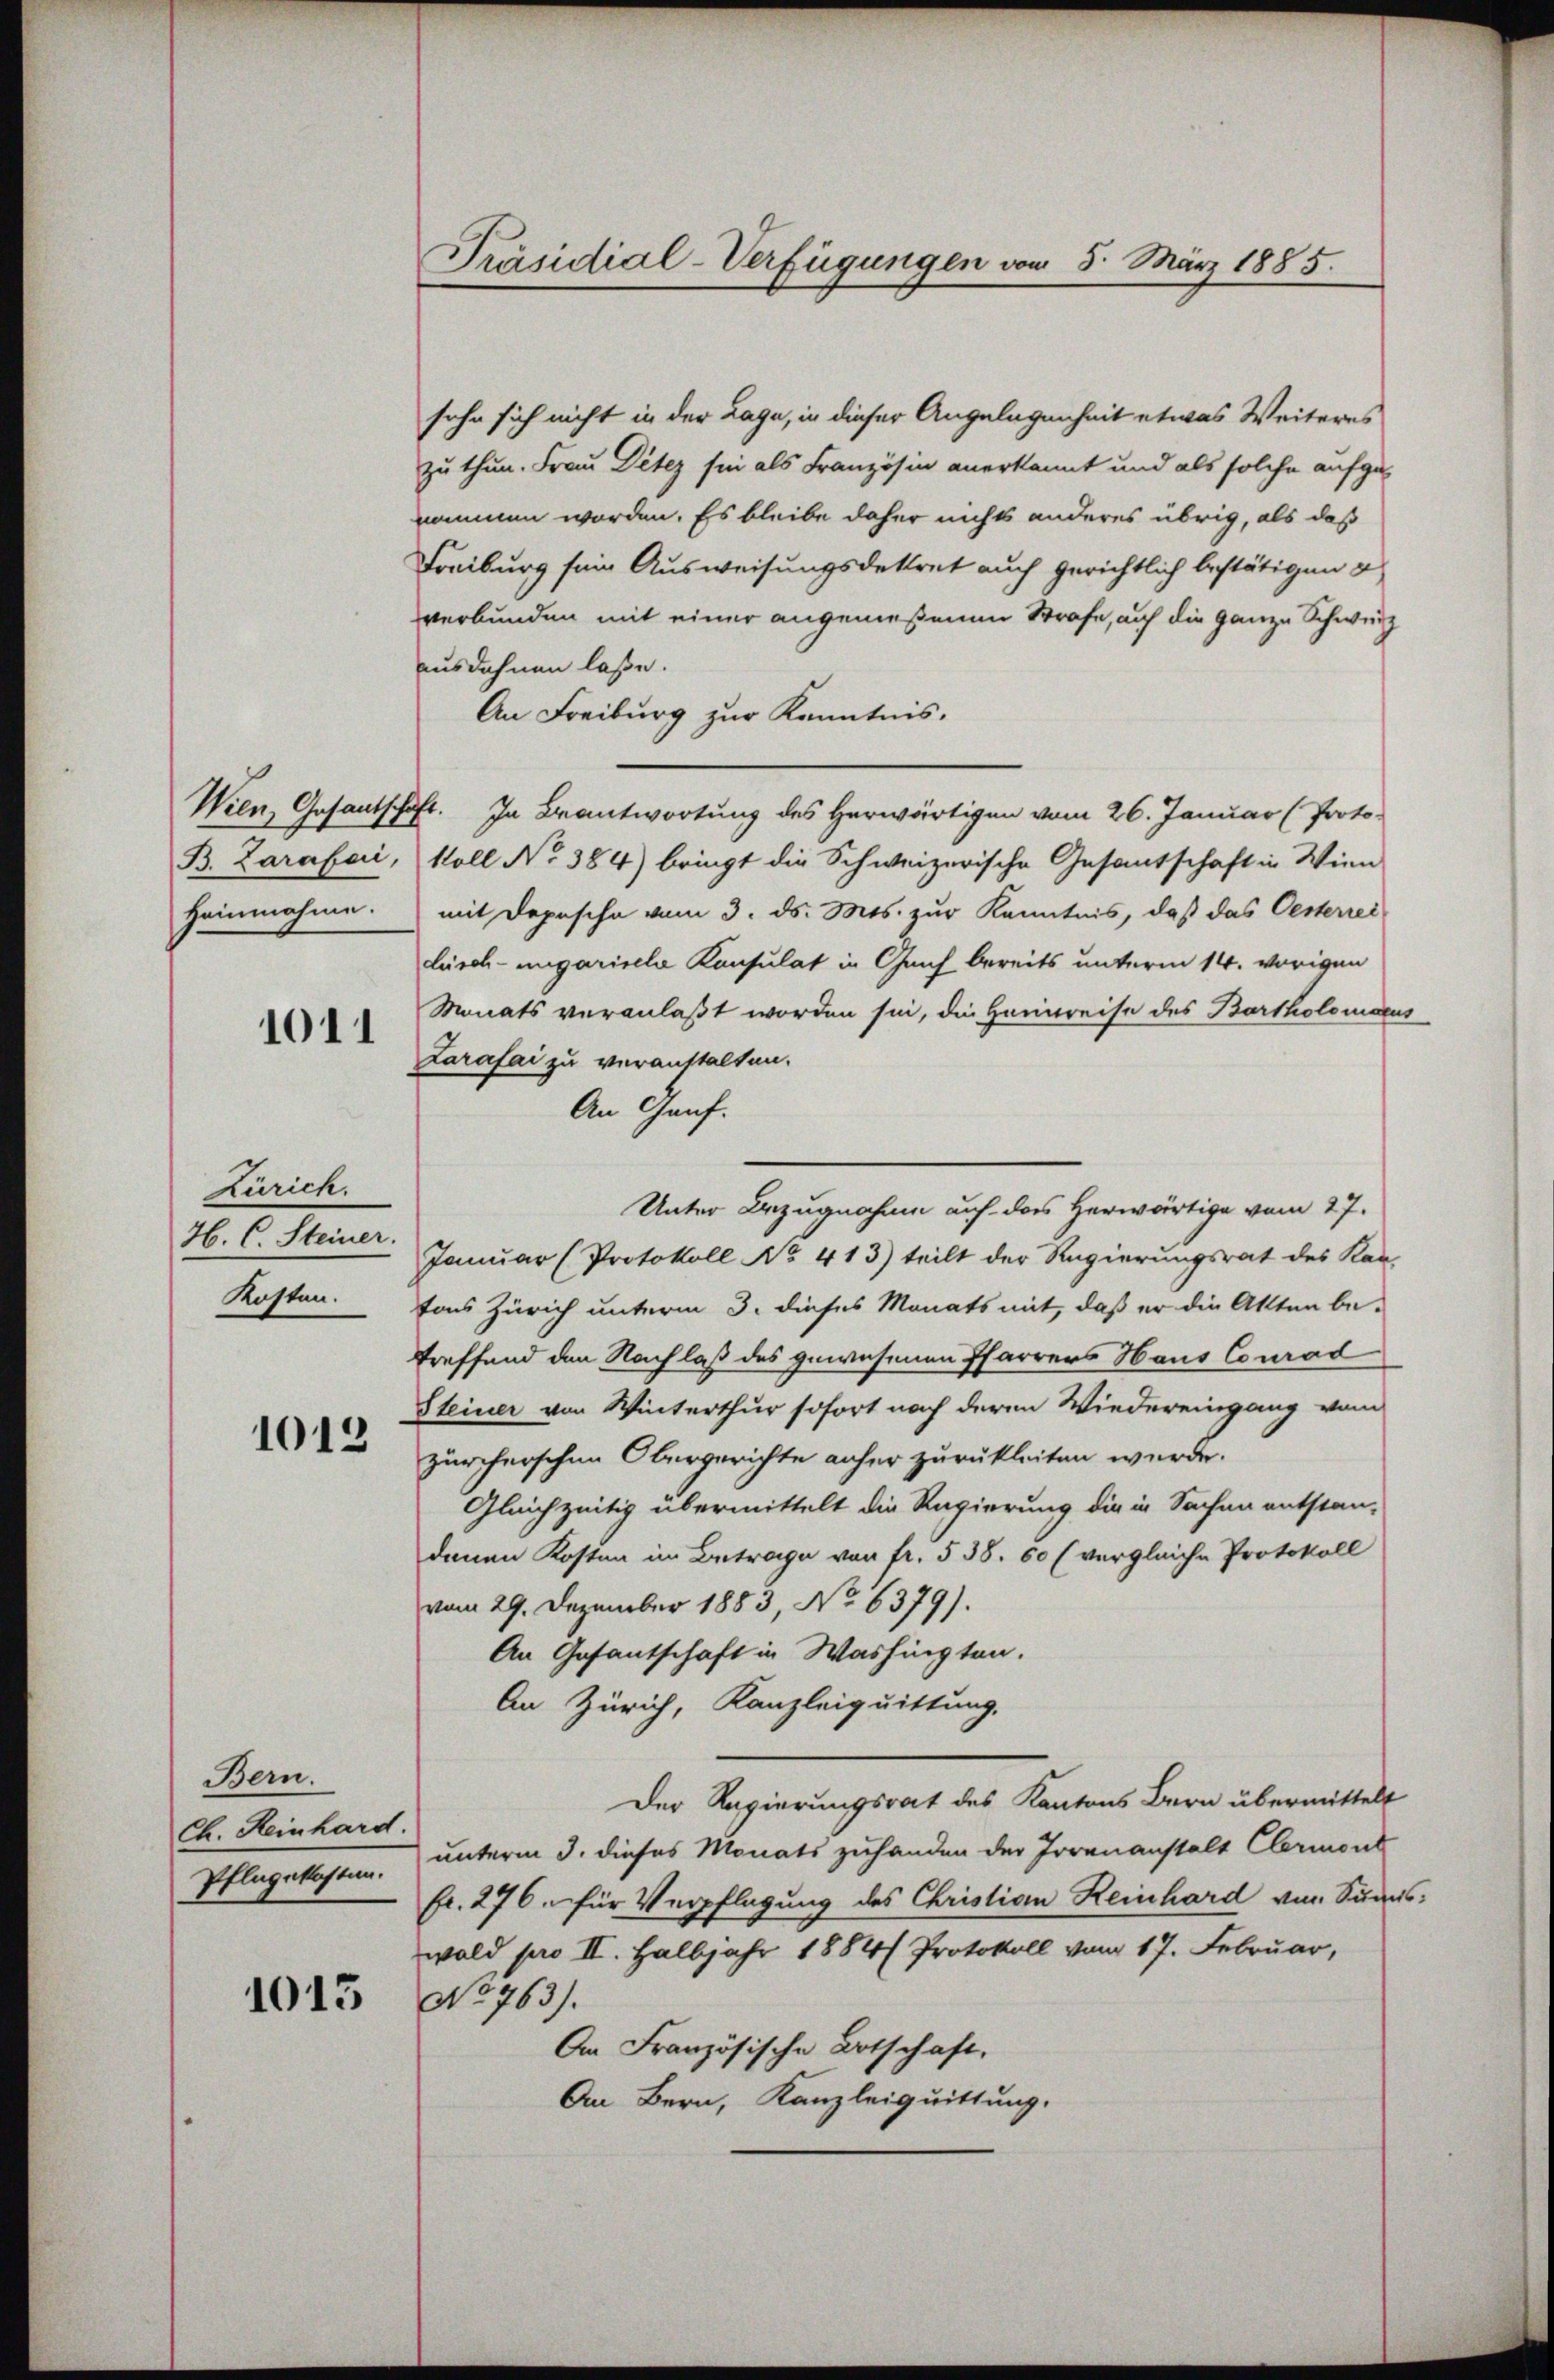
B. Zarafari,
Heinnahme.

1011

Zürich.
H. C. Steiner.
Kosten.

1013

Bern.
Ch. Heinhard.
Pflegekosten.

1013

Präsidial-Verfügungen vom 5. März 1885.

sohn sich nicht in der Lage, in dieser Angelegenheit etwas Weiteres
zu thun. Frau Ditez sie als Französin anerkannt und als solche aufzu
nommen worden. Es bleibe daher nichts anderes übrig, als daß
Freiburg sein Ausweisungsdekret auch gerichtlich bestätigen g
verbunden mit einer angemeßenen Strafe, auf die ganze Schwurz
ausdehnen lasse.
An Freiburg zur Kenntnis.
Wien, Gesantschaft. In Beantwortung des Herwärtigen vom 26. Januar (Proto-
koll No 384) bringt die Schweizerische Gesantschaft in Wien
mit Depesche vom 3. ds. Mts. zur Kenntnis, daß das Oesterrei
lisch-ungarische Konsulat in Gleich bereits unterm 14. vorigen
Monats veranlaßt worden sie, die Heinreise des Bartholomaeus
Larafai zu veranstalten.
An Genf.
Unter Bezugnahme auf das Herwärtige vom 27.
Januar (Protokoll No 413) teilt der Regierungsrat des Kan-
tons Zürich unterm 3. dieses Monats mit, daß er die Akten be-
treffend den Nachlaß des gewesenen Pfarrers Haus Conrad
Steiner von Winterthur sofort nach deren Wiedereingang vom
zürcherschen Obergerichte anher zurückleiten wurde.
Gleichzeitig übermittelt die Regierung die in Sachen entstan-
denen Kosten im Betrage von fr. § 38. 60 (vergleiche Protokoll
vom 29. Dezember 1883, No 6379).
An Gefantschaft in Washingten.
An Zürich, Kanzleiquittung.
Der Regierungsrat des Kantons Bern übermittelt
unterm 3. dieses Monats zuhanden der Irrenanstalt Clermont
fr. 276. für Verpflegung des Christian Reinhard von Sunns-
wald pro II. Halbjahr 1884/ Protokoll vom 17. Februar,
No 763).
An Französische Ortschaft,
An Bern, Kanzleiquittung.